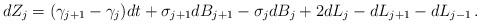
LaTeX: \begin{align*} dZ_j = (\gamma_{j+1} - \gamma_j) dt + \sigma_{j+1} d B_{j+1} - \sigma_j d B_{j} + 2dL_{j} - dL_{j+1} - dL_{j-1} \,. \end{align*}